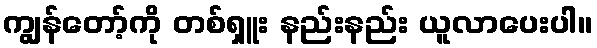
ကျွန်တော့်ကို တစ်ရှူး နည်းနည်း ယူလာပေးပါ။